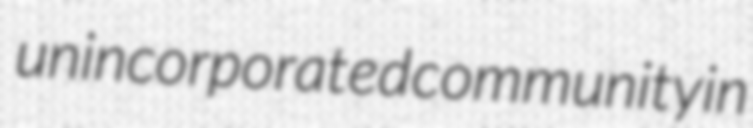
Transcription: unincorporated community in